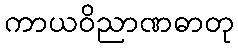
ကာယဝိညာဏဓာတု